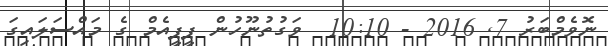
ނޮވެމްބަރު 7